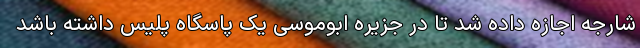
شارجه اجازه داده شد تا در جزیره ابوموسی یک پاسگاه پلیس داشته باشد